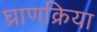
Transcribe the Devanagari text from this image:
घ्राणक्रिया